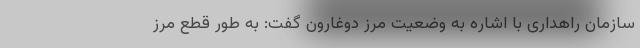
سازمان راهداری با اشاره به وضعیت مرز دوغارون گفت: به طور قطع مرز